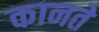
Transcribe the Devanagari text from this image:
कानते